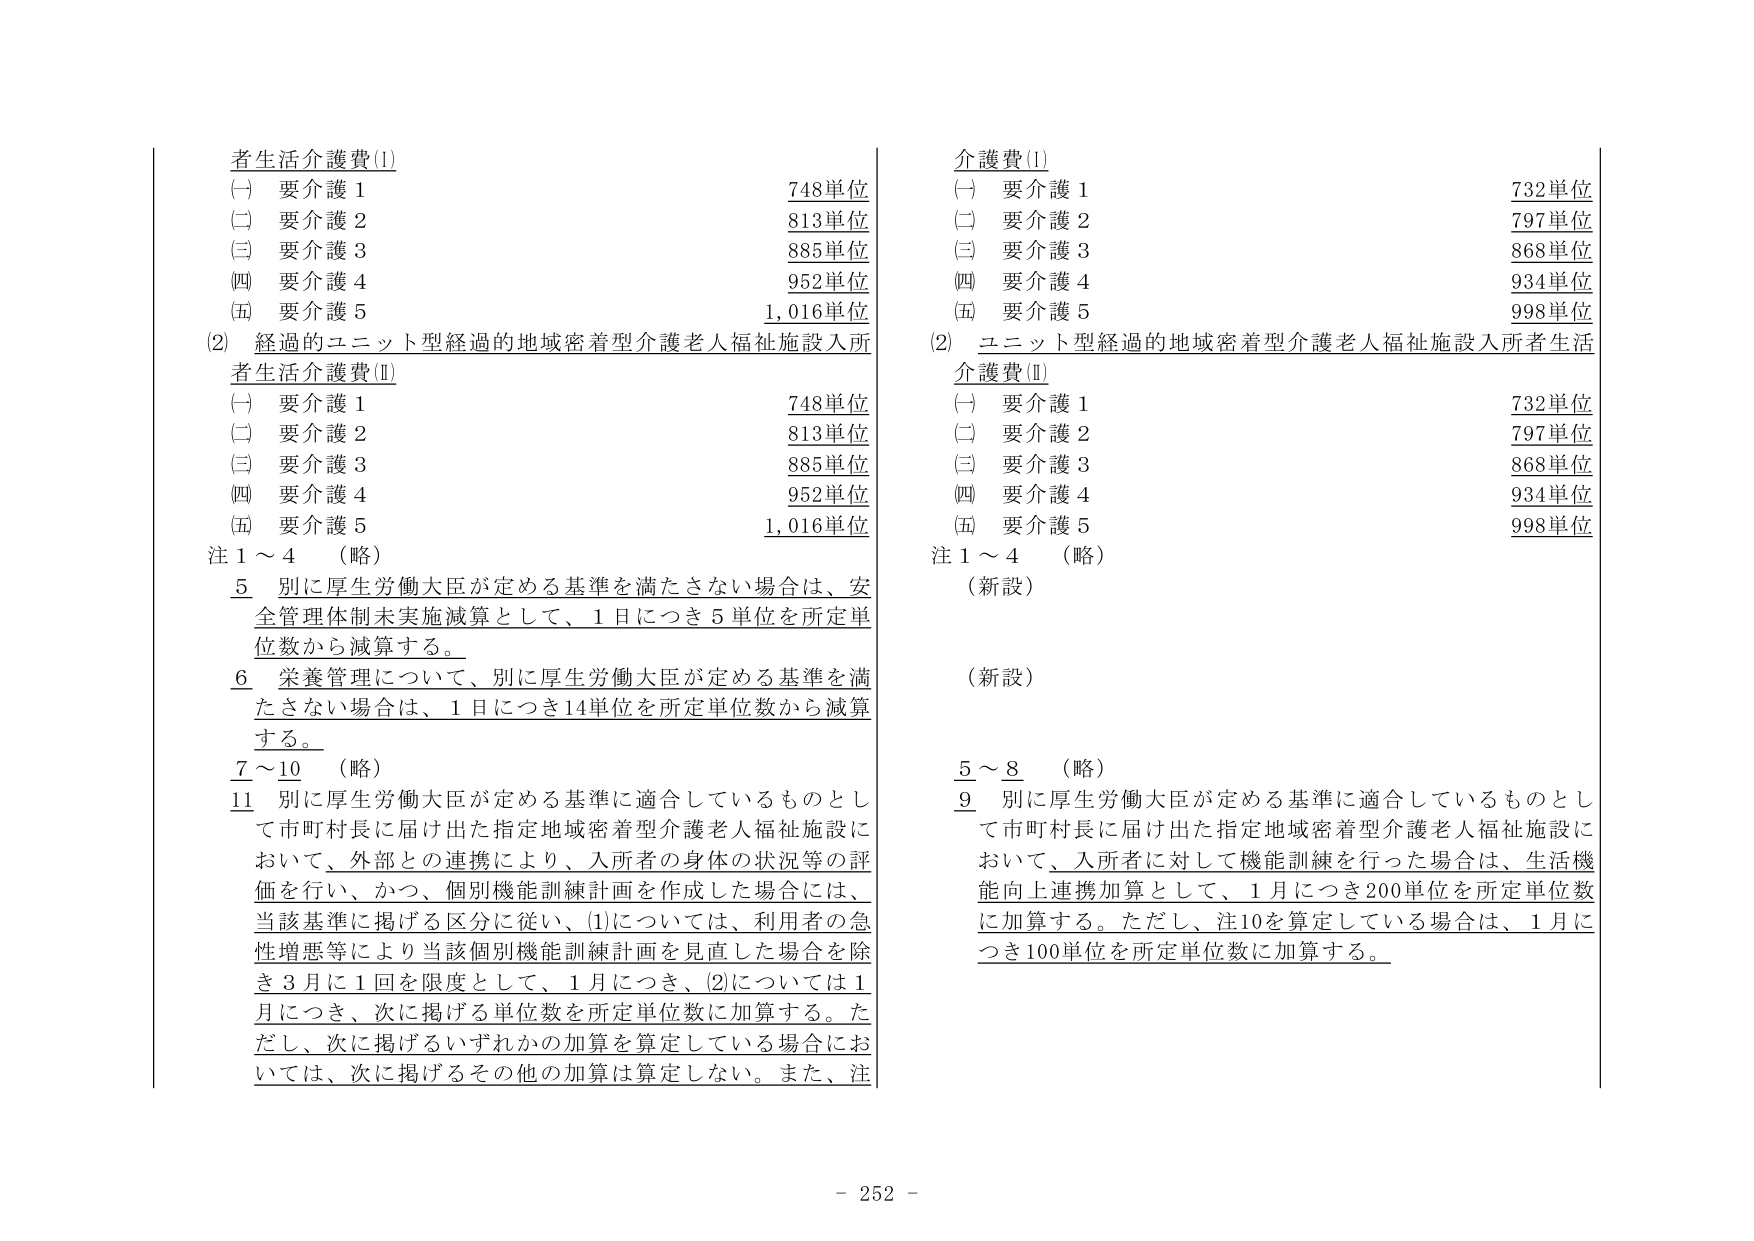
者生活介護費(Ⅰ)
(一) 要介護１ 748単位
(二) 要介護２ 813単位
(三) 要介護３ 885単位
(四) 要介護４ 952単位
(五) 要介護５ 1,016単位

(2) 経過的ユニット型経過的地域密着型介護老人福祉施設入所者生活介護費(Ⅱ)
(一) 要介護１ 748単位
(二) 要介護２ 813単位
(三) 要介護３ 885単位
(四) 要介護４ 952単位
(五) 要介護５ 1,016単位

注１～４ （略）
５ 別に厚生労働大臣が定める基準を満たさない場合は、安全管理体制未実施減算として、１日につき５単位を所定単位数から減算する。
６ 栄養管理について、別に厚生労働大臣が定める基準を満たさない場合は、１日につき14単位を所定単位数から減算する。
７～10 （略）
11 別に厚生労働大臣が定める基準に適合しているものとして市町村長に届け出た指定地域密着型介護老人福祉施設において、外部との連携により、入所者の身体の状況等の評価を行い、かつ、個別機能訓練計画を作成した場合には、当該基準に掲げる区分に従い、(1)については、利用者の急性増悪等により当該個別機能訓練計画を見直した場合を除き３月に１回を限度として、１月につき、(2)については１月につき、次に掲げる単位数を所定単位数に加算する。ただし、次に掲げるいずれかの加算を算定している場合においては、次に掲げるその他の加算は算定しない。また、注

介護費(Ⅰ)
(一) 要介護１ 732単位
(二) 要介護２ 797単位
(三) 要介護３ 868単位
(四) 要介護４ 934単位
(五) 要介護５ 998単位

(2) ユニット型経過的地域密着型介護老人福祉施設入所者生活介護費(Ⅱ)
(一) 要介護１ 732単位
(二) 要介護２ 797単位
(三) 要介護３ 868単位
(四) 要介護４ 934単位
(五) 要介護５ 998単位

注１～４ （略）
（新設）
（新設）
５～８ （略）
９ 別に厚生労働大臣が定める基準に適合しているものとして市町村長に届け出た指定地域密着型介護老人福祉施設において、入所者に対して機能訓練を行った場合は、生活機能向上連携加算として、１月につき200単位を所定単位数に加算する。ただし、注10を算定している場合は、１月につき100単位を所定単位数に加算する。

- 252 -